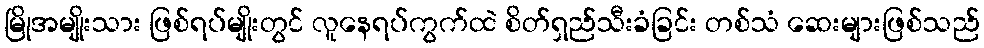
မြိုအမျိုးသား ဖြစ်ရပ်မျိုးတွင် လူနေရပ်ကွက်ထဲ စိတ်ရှည်သီးခံခြင်း တစ်သံ ဆေးများဖြစ်သည်